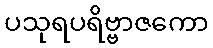
ပသုရပရိဗ္ဗာဇကော